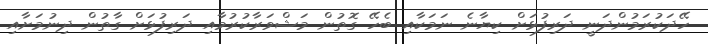
ހޭދަކުރަމުންދަނީ ދަރިފުޅަށް ކިޔާނެ ނަމަކާއި ބެހޭ ގޮތުން މަޝްވަރާކުރުމާއި ދަރިފުޅަށް ގާތުން ދިނުމަށާއި